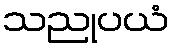
သညုပယံ